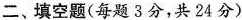
二、填空题(每题3分，共24分)